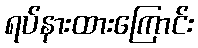
ရပ်နားထားကြောင်း